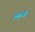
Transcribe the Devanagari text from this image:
अब्रूज्जी